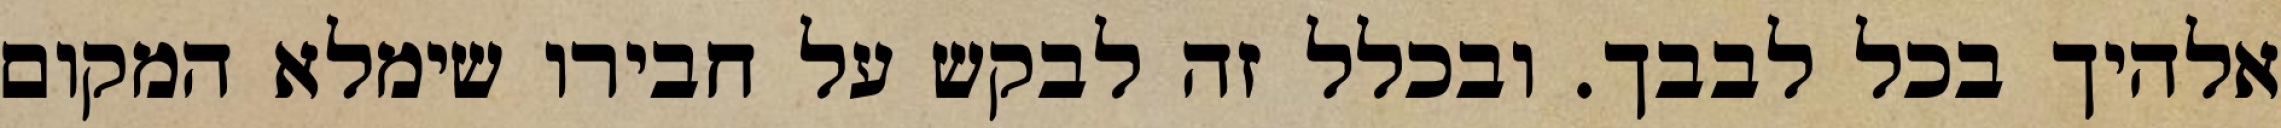
אלהיך בכל לבבך. ובכלל זה לבקש על חבירו שימלא המקום